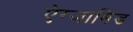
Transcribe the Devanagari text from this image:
ऐग्जामिंड